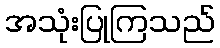
အသုံးပြုကြသည်